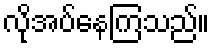
လိုအပ်နေကြသည်။